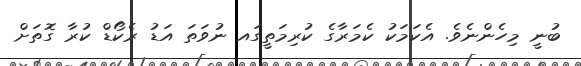
ބުނީ މިހެންނެވެ. އެކަމަކު ކެމަރާގެ ކުރިމަތީގައ ނުވަތަ އަޑު ރެކޯޑް ކުރާ ގޮތަށް